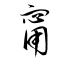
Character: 甯